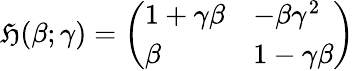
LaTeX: {\mathfrak{H}}(\beta;\gamma)={\left(\begin{array}{ll}{1+\gamma\beta}&{-\beta\gamma^{2}}\\ {\beta}&{1-\gamma\beta}\end{array}\right)}